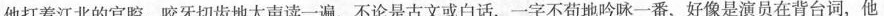
他打着江北的官腔，咬牙切齿地大声读一遍，不论是古文或白话，一字不苟地吟咏一番，好像是演员在背台词，他